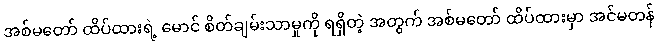
အစ်မတော် ထိပ်ထားရဲ့ မောင် စိတ်ချမ်းသာမှုကို ရရှိတဲ့ အတွက် အစ်မတော် ထိပ်ထားမှာ အင်မတန်